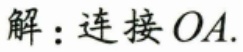
解：连接 \(OA\).